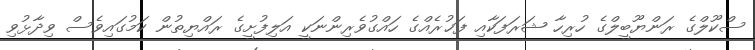
ސްކޫލްގެ ރަންޔޫބީލްގެ ހުރިހާ ޝަރަފަކާއި ފަޚުރެއްގެ ހައްގުވެރިންނަކީ އަލިފުށީގެ ރައްޔިތުން ކަމުގައިވެސް ވިދާޅުވި